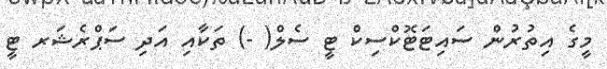
މީގެ އިތުރުން ސައިޓަޓޮކްސިކް ޓީ ސެލް( -) ތަކާއި އަދި ސަޕްރެޝަރ ޓީ